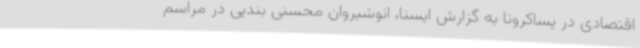
اقتصادی در پساکرونا به گزارش ایسنا، انوشیروان محسنی بندپی در مراسم